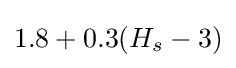
1.8+0.3(H_{s}-3)